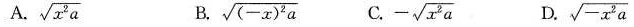
A. $$\sqrt{x^{2}a}$$ B. $$\sqrt{(-x)^{2}a}$$ C. $$- \sqrt{x^{2}a}$$ D. $$\sqrt{-x^{2}a}$$